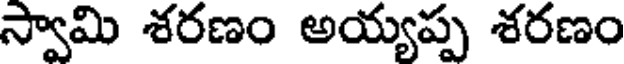
స్వామి శరణం అయ్యప్ప శరణం